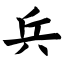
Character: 兵